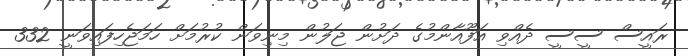
ރައީސް ސީސީ ދެއްވި އަފޫއާންމުގެ ދަށުން ޖަލުން މިނިވަން ކުރުމަށް ހަމަޖެހިފައިވަނީ 332